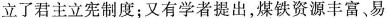
立了君主立宪制度;又有学者提出,煤铁资源丰富、易